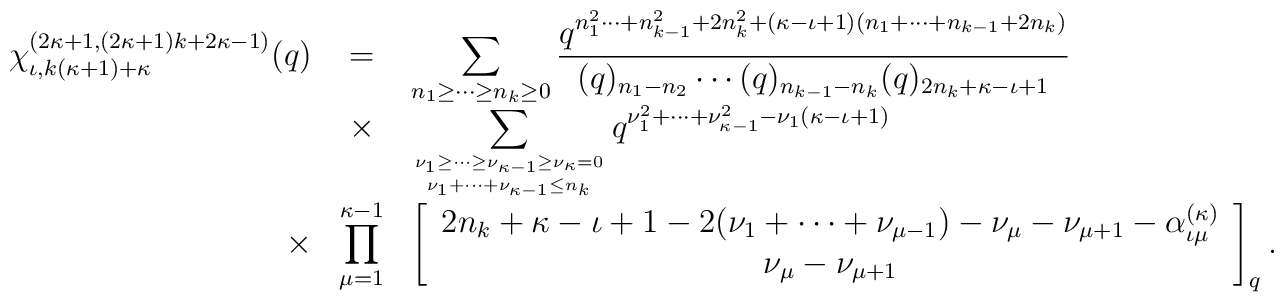
\begin{array}{rcl}\chi^{(2\kappa +1, (2\kappa +1)k+2\kappa -1)}_{       \iota ,k(\kappa +1)+\kappa }(q)& = &\displaystyle\sum_{n_1 \geq \cdots \geq n_{k}\geq 0}\frac{q^{n_1^2 \cdots + n_{k-1}^2 + 2n_k^2 +(\kappa -\iota +1)(n_1 + \cdots + n_{k-1} +2n_k )}} {(q)_{n_1 - n_2 }\cdots (q)_{n_{k-1}-n_{k}}  (q)_{2n_{k}+\kappa -\iota +1}} \\& \times &\displaystyle\sum_{\nu_1 \geq \cdots \geq \nu_{\kappa -1} \geq \nu_{\kappa }=0 \atop      \nu_{1} + \cdots + \nu_{\kappa -1} \leq n_{k}}q^{\nu_1^2 + \cdots + \nu_{\kappa -1}^2-\nu_1 (\kappa -\iota +1)} \\\times &\displaystyle\prod_{\mu =1}^{\kappa -1} &\displaystyle\left[ \begin{array}{c}2n_{k}+\kappa -\iota +1-2(\nu_{1} + \cdots + \nu_{\mu -1})-\nu_{\mu } -\nu_{\mu +1}-\alpha^{(\kappa )}_{\iota \mu } \\\nu_{\mu } -\nu_{\mu +1}\end{array} \right]_q .\end{array}